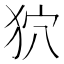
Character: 狖